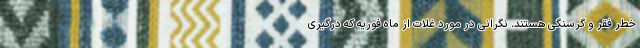
خطر فقر و گرسنگی هستند. نگرانی در مورد غلات از ماه فوریه که درگیری